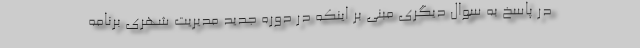
در پاسخ به سوال دیگری مبنی بر اینکه در دوره جدید مدیریت شهری برنامه